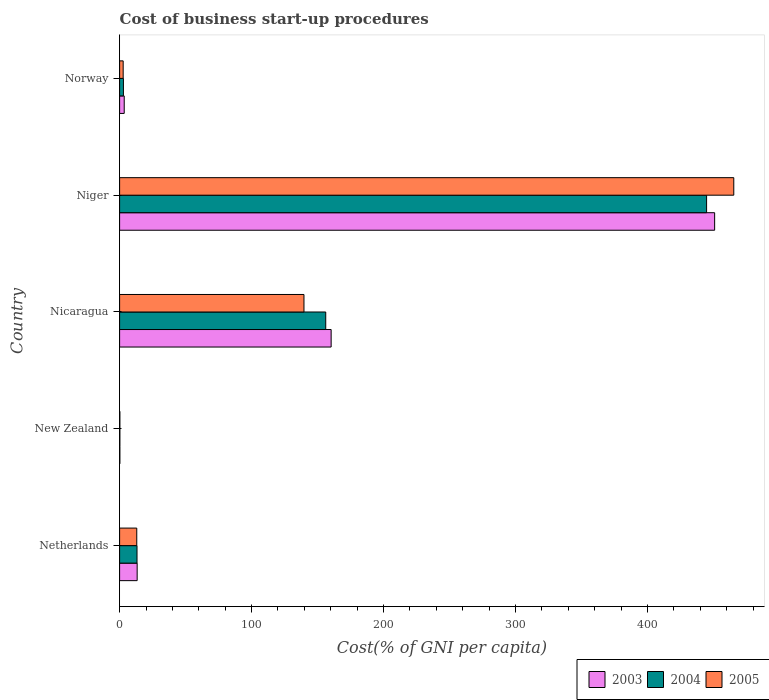
| Country | 2003 | 2004 | 2005 |
 | --- | --- | --- | --- |
 | Netherlands | 13.3 | 13.2 | 13 |
 | New Zealand | 0.2 | 0.2 | 0.2 |
 | Nicaragua | 160 | 156 | 140 |
 | Niger | 451 | 445 | 465 |
 | Norway | 3.5 | 2.9 | 2.7 |